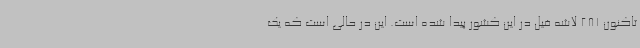
تاکنون 281 لاشه فیل در این کشور پیدا شده است. این در حالی است که یک